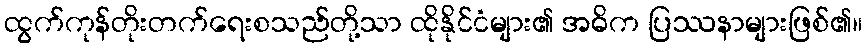
ထွက်ကုန်တိုးတက်ရေးစသည်တို့သာ ထိုနိုင်ငံများ၏ အဓိက ပြဿနာများဖြစ်၏။